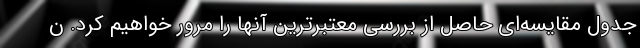
جدول مقایسه‌ای حاصل از بررسی معتبرترین آنها را مرور خواهیم کرد. ن